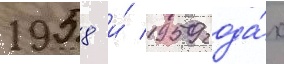
1958 и́ 1959 года́х